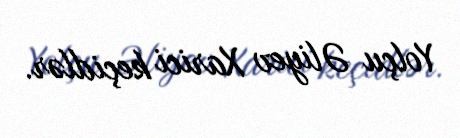
Yolçu Əliyev Xarici keçidlər.